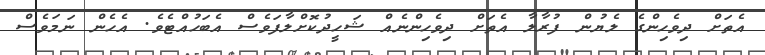
އެތަށް ދިވެހިންގެ ލެޔުން ފުރާލާ އެތަށް ދިވެހިންނެއް ޝަހީދުކޮށްލާފަވެސް އެބަހުއްޓެވެ. އެހެން ނަމަވެސް